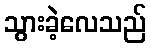
သွားခဲ့လေသည်